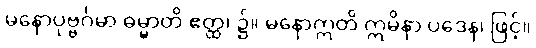
မနောပုဗ္ဗင်္ဂမာ ဓမ္မာတိ ဧတ္ထ၊ ၌။ မနောဣတိ ဣမိနာ ပဒေန၊ ဖြင့်။